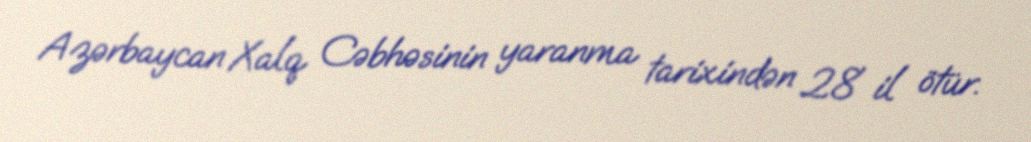
Azərbaycan Xalq Cəbhəsinin yaranma tarixindən 28 il ötür.